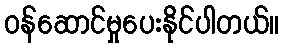
ဝန်ဆောင်မှုပေးနိုင်ပါတယ်။